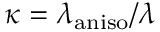
\kappa = \lambda _ { \mathrm { a n i s o } } / \lambda